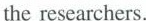
the researchers.